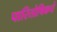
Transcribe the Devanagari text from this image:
पारितोषिकचे